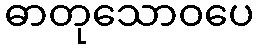
ဓာတုသောဝပေ